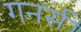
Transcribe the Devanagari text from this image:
गनर्स